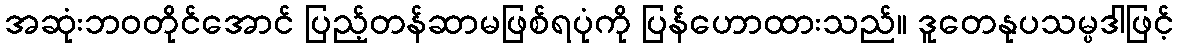
အဆုံးဘဝတိုင်အောင် ပြည့်တန်ဆာမဖြစ်ရပုံကို ပြန်ဟောထားသည်။ ဒူတေနုပသမ္ပဒါဖြင့်